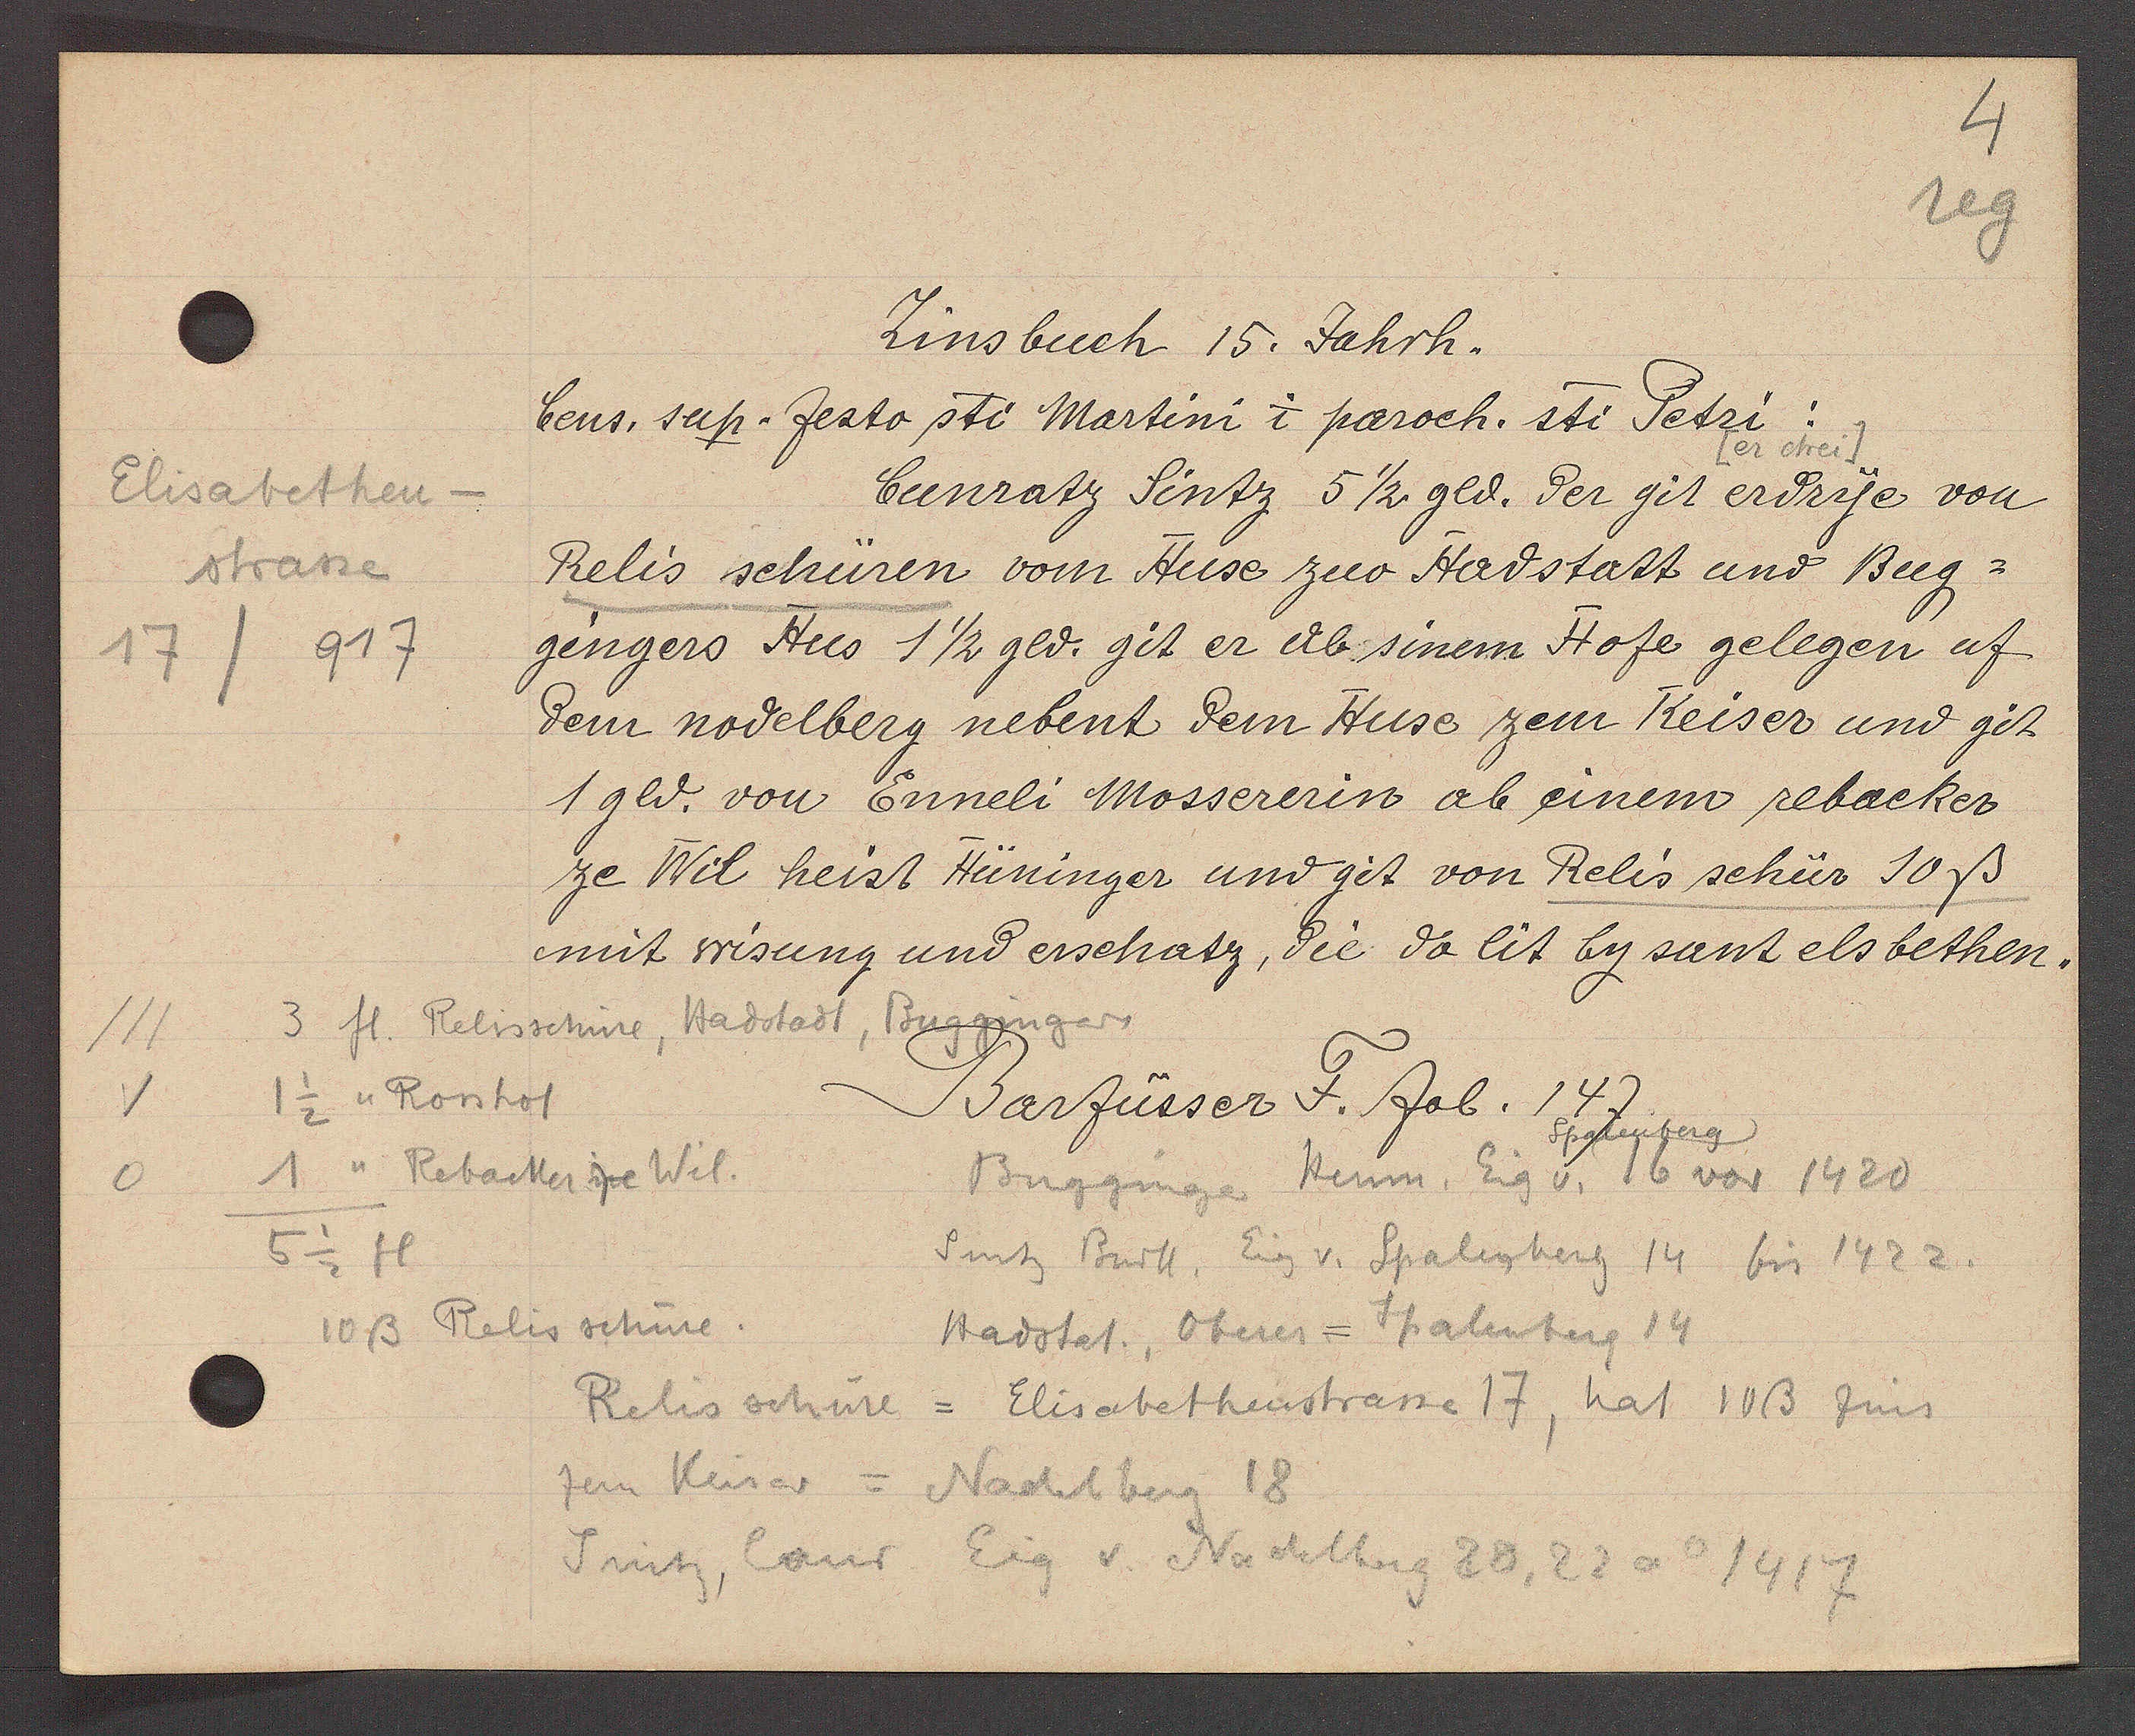
Transcript:
Elisabethen-
strasse.
917
17/

Zinsbuch 15. Jahrh.
Cens. sap. Jesto sti Martini i paroch. sti Petri:
[er chrei]
Cunratz Sintz 5 1/2 gld. der git erdrye von
Relis schüren vom Huse zuo Hadstatt und Bug-
gingers Hus 1 ½ gld. git er ab sinem Hofe gelegen uf
dem nodelberg nebent dem Huse zem Keiser und git
1 gld. von Enneli Mossererin ab einem rebacker
ze Wil heist Hüninger und git von Relis schür 10ß
mit wisung und erschatz, die do lit by sant elsbethen.

Barfüsser F. fol. 147.

3 fl. Relisschine, Hadstadt, Buggingers
1 1/2 Rosshof
1'' Rebacker ze Wil.
5 1/2 fl
10ß Relis schüre.
Spalenberg
Bugginge Henm. Eig v. 16 vor 1420
Sintz Burk, Eig v. Spalenberg 14 bis 1422.
Hadstat., Oberer = Spalenberg 14
Relis schüre
= Elisabethenstrasse 17, hat 10ß zins
zem Keiser =
Nadelberg 18
Sintz, Conr
Eig v. Nadelberg 20, 22 ao 1417